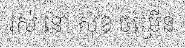
រស់ នៅ សុខ ចម្រើន